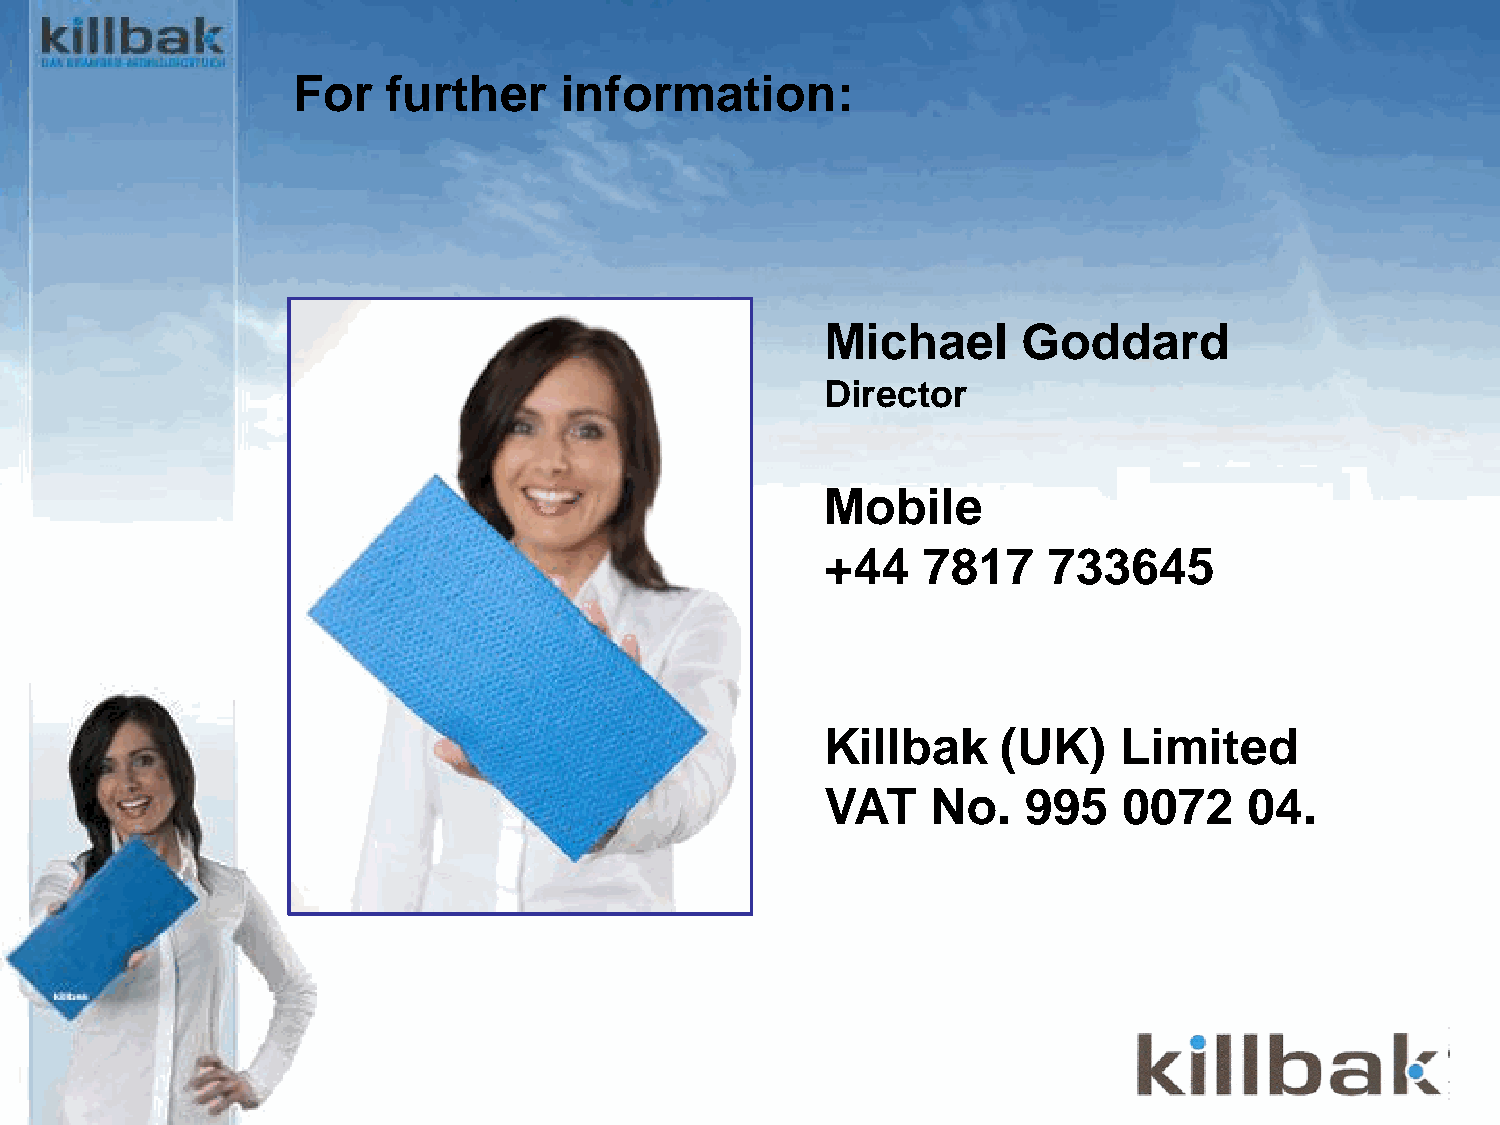
BlueWish®
 For    further    information:
 Michael      Goddard
 Director
 Mobile
 +44   7817    733645
 Killbak    (UK)    Limited
 VAT    No.   995   0072     04.